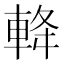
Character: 𨋪